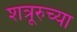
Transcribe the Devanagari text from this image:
शत्रूरुच्या